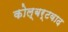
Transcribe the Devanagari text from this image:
कोल्बर्टवाद